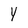
Character: y